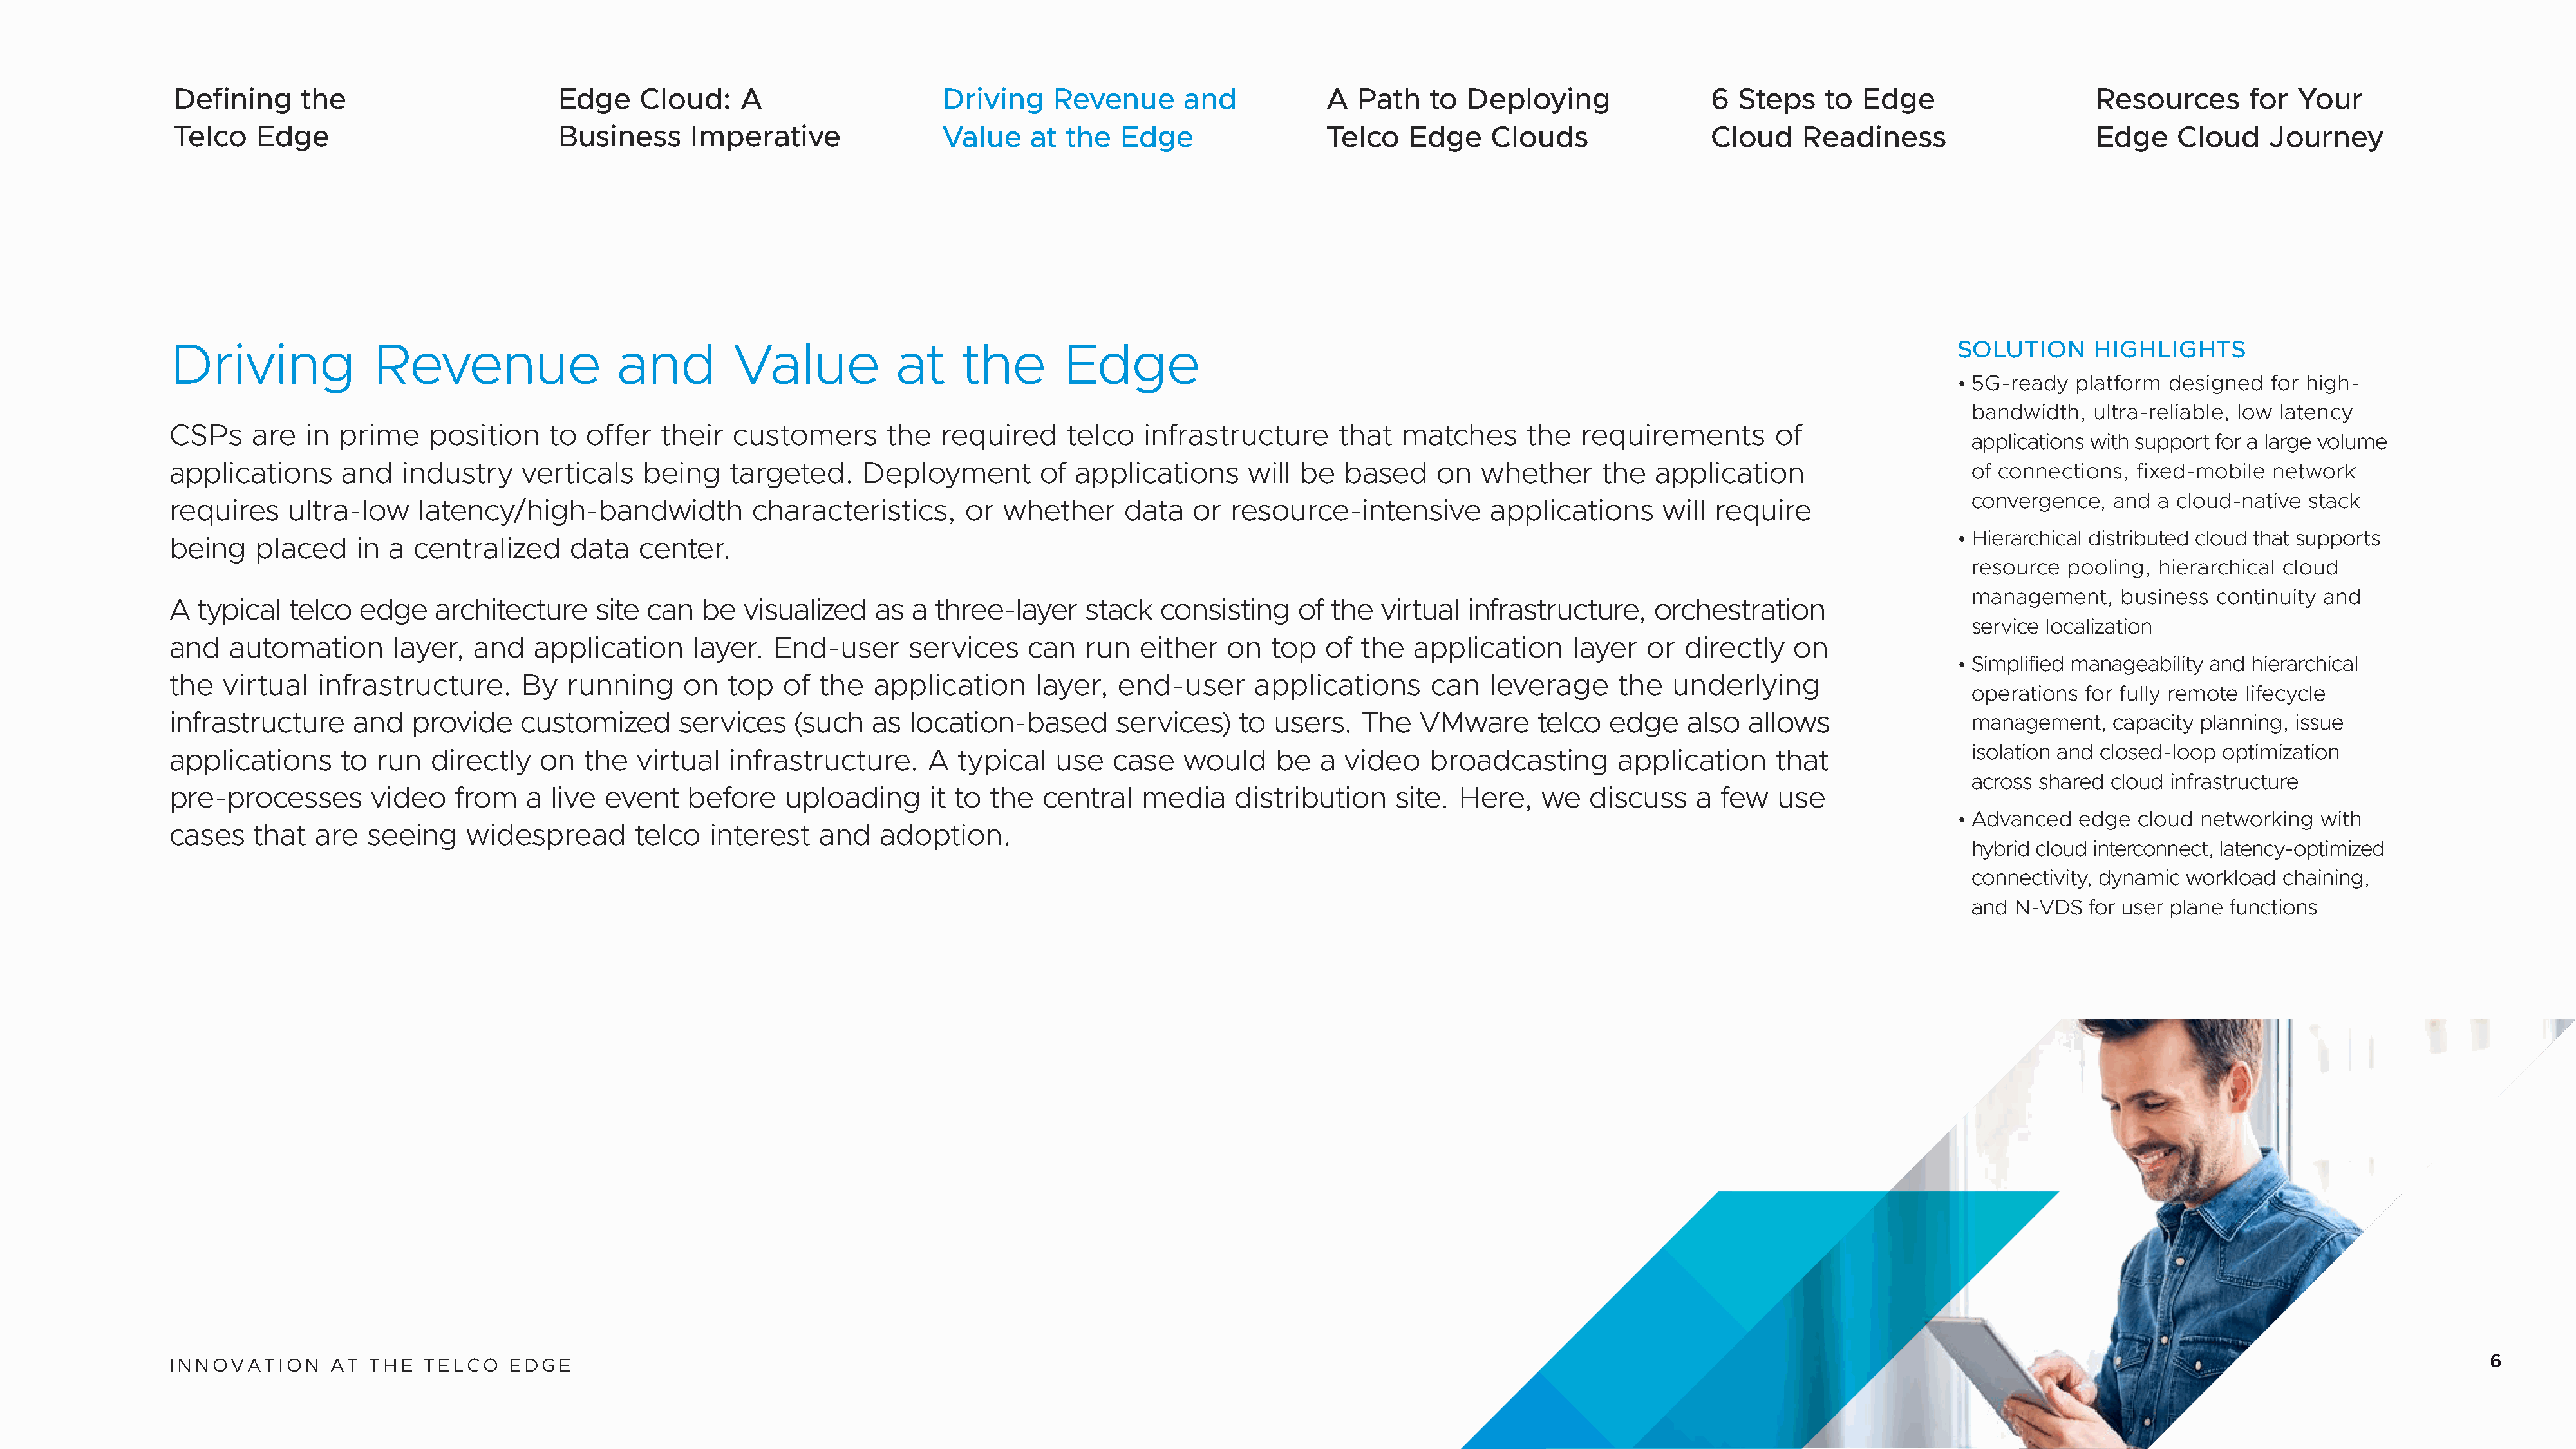
Defining     the                       Edge     Cloud:    A                    Driving    Revenue       and           A  Path    to  Deploying                6  Steps    to Edge                    Resources       for  Your
 Telco   Edge                           Business      Imperative                Value    at  the  Edge                 Telco    Edge    Clouds                 Cloud    Readiness                     Edge     Cloud    Journey
 Driving              Revenue                  and         Value            at     the       Edge                                                                                        SOLUTION      HIGHLIGHTS
 • 5G-ready  platform  designed  for high-
 bandwidth,  ultra-reliable, low latency
 CSPs     are  in  prime    position    to  offer   their  customers       the   required     telco   infrastructure      that  matches      the   requirements       of
 applications with support for a large volume
 applications      and   industry     verticals   being    targeted.     Deployment        of  applications     will  be  based     on  whether      the  application                      of connections,  fixed-mobile  network
 convergence,  and  a cloud-native stack
 requires     ultra-low    latency/high-bandwidth            characteristics,      or  whether      data   or  resource-intensive        applications      will require
 • Hierarchical distributed cloud that supports
 being    placed     in a  centralized     data   center.
 resource pooling,  hierarchical cloud
 management,    business  continuity and
 A  typical   telco  edge    architecture    site  can  be  visualized    as  a three-layer     stack  consisting    of  the  virtual  infrastructure,    orchestration
 service localization
 and    automation      layer,   and   application     layer.   End-user     services     can   run  either   on   top  of  the  application      layer  or  directly   on
 • Simplified manageability and hierarchical
 the   virtual   infrastructure.      By  running     on   top   of the   application     layer,   end-user      applications      can   leverage     the   underlying
 operations for fully remote lifecycle
 infrastructure     and   provide     customized      services    (such   as location-based        services)   to  users.   The   VMware      telco  edge    also   allows                 management,   capacity planning, issue
 isolation and closed-loop optimization
 applications      to  run  directly    on  the  virtual   infrastructure.     A  typical    use  case    would    be   a video    broadcasting       application      that
 across shared cloud infrastructure
 pre-processes        video    from   a  live event    before    uploading      it to the  central   media     distribution    site.  Here,    we  discuss    a  few   use
 • Advanced   edge  cloud networking   with
 cases    that  are   seeing    widespread       telco   interest   and   adoption.
 hybrid cloud interconnect, latency-optimized
 connectivity, dynamic workload  chaining,
 and N-VDS   for user plane functions
 INNOVATION       AT  THE   TELCO   EDGE                                                                                                                                                                                                        6